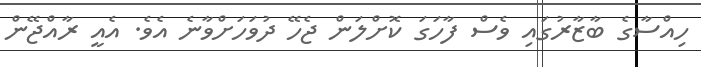
ހިއްސާގެ ބާޒާރުގައި ވެސް ފާހަގަ ކޮށްލަން ޖެހޭ ދުވަހަށްވާނެ އެވެ. އެއީ ރާއްޖޭން